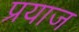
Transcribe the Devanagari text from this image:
प्रयाज